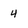
Character: 4